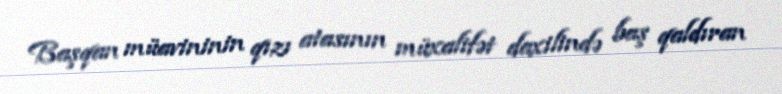
Başqan müavininin qızı atasının müxalifət daxilində baş qaldıran